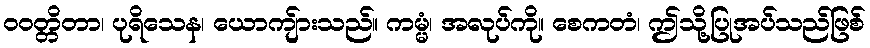
ဝဝတ္တိတာ၊ ပုရိသေန၊ ယောကျ်ားသည်။ ကမ္မံ၊ အလုပ်ကို။ စေကတံ၊ ဤသို့ပြုအပ်သည်ဖြစ်